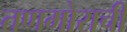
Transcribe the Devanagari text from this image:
तणमोराची